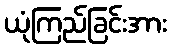
ယုံကြည်ခြင်းအား